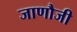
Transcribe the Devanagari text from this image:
जाणौजी